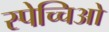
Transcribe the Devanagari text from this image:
स्पेच्चिओ